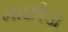
માછીડા